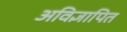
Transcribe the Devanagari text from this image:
अविज्ञापित